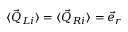
\begin{array} { r } { \langle \vec { Q } _ { L i } \rangle = \langle \vec { Q } _ { R i } \rangle = \vec { e } _ { r } } \end{array}